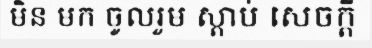
មិន មក ចូលរួម ស្តាប់ សេចក្តី